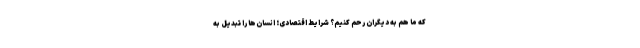
که ما هم به دیگران رحم کنیم؟ شرایط اقتصادی؛ انسان‌ها را تبدیل به